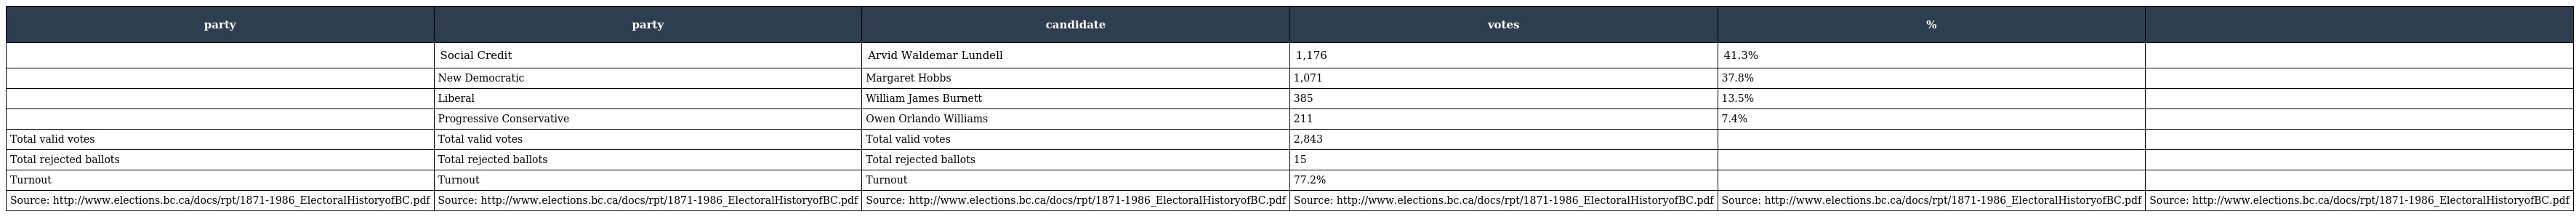
| party | party | candidate | votes | % |  |
 | --- | --- | --- | --- | --- | --- |
 |  | Social Credit | Arvid Waldemar Lundell | 1,176 | 41.3% |  |
 |  | New Democratic | Margaret Hobbs | 1,071 | 37.8% |  |
 |  | Liberal | William James Burnett | 385 | 13.5% |  |
 |  | Progressive Conservative | Owen Orlando Williams | 211 | 7.4% |  |
 | Total valid votes | Total valid votes | Total valid votes | 2,843 |  |  |
 | Total rejected ballots | Total rejected ballots | Total rejected ballots | 15 |  |  |
 | Turnout | Turnout | Turnout | 77.2% |  |  |
 | Source: http://www.elections.bc.ca/docs/rpt/1871-1986_ElectoralHistoryofBC.pdf | Source: http://www.elections.bc.ca/docs/rpt/1871-1986_ElectoralHistoryofBC.pdf | Source: http://www.elections.bc.ca/docs/rpt/1871-1986_ElectoralHistoryofBC.pdf | Source: http://www.elections.bc.ca/docs/rpt/1871-1986_ElectoralHistoryofBC.pdf | Source: http://www.elections.bc.ca/docs/rpt/1871-1986_ElectoralHistoryofBC.pdf | Source: http://www.elections.bc.ca/docs/rpt/1871-1986_ElectoralHistoryofBC.pdf |